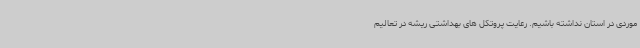
موردی در استان نداشته باشیم. رعایت پروتکل های بهداشتی ریشه در تعالیم